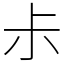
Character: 尗